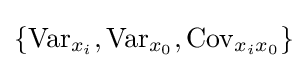
\left\{\operatorname {Var} _{x_{i}},\operatorname {Var} _{x_{0}},\operatorname {Cov} _{x_{i}x_{0}}\right\}